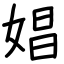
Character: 娼